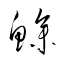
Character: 鰺